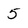
Character: 5